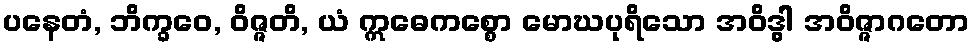
ပနေတံ, ဘိက္ခဝေ, ဝိဇ္ဇတိ, ယံ ဣဓေကစ္စော မောဃပုရိသော အဝိဒွါ အဝိဇ္ဇာဂတော